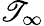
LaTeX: \mathscr{T}_{\infty}